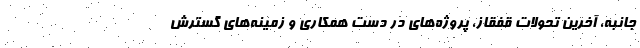
جانبه، آخرین تحولات قفقاز، پروژه‌های در دست همکاری و زمینه‌های گسترش